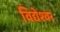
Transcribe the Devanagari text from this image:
विद्येश्वर